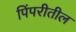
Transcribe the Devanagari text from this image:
पिंपरीतील